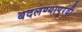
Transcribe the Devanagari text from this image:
बदलण्यापूरवी